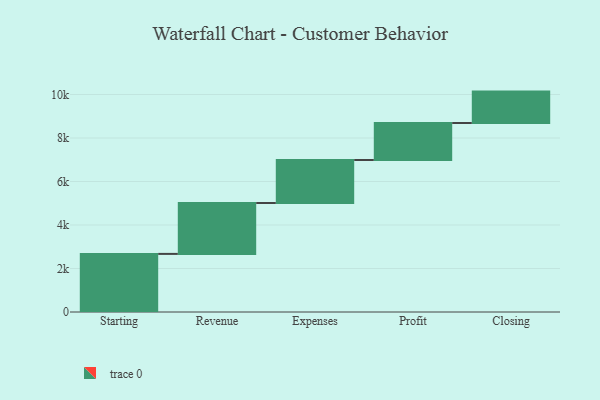
{"axis": {"x": "Step", "y": "Value"}, "legend": [""], "data": [{"x": "Starting", "y": 2671.0, "type": ""}, {"x": "Revenue", "y": 2340.0, "type": ""}, {"x": "Expenses", "y": 1978.0, "type": ""}, {"x": "Profit", "y": 1700.0, "type": ""}, {"x": "Closing", "y": 1444.0, "type": ""}]}